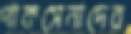
পাকসেনাদের